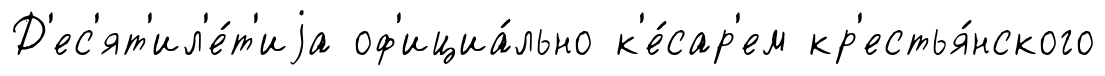
Д'ес'ят'ил'е́т'иjа оф'ициа́льно к'е́сар'ем кр'естья́нского